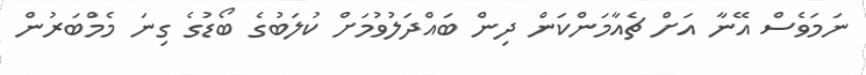
ނަމަވެސް އޭނާ އަށް ޗެއާމަންކަން ދިން ބައްދަލުވުމަށް ކުލަބުގެ ބޯޑުގެ ގިނަ މެމްބަރުން